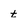
Character: t